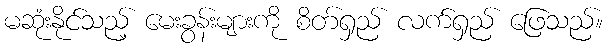
မဆုံးနိုင်သည့် မေးခွန်းများကို စိတ်ရှည် လက်ရှည် ဖြေသည်။